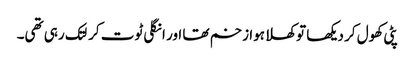
پٹی کھول کر دیکھا تو کھلا ہوا زخم تھا اور انگلی ٹوت کر لتک رہی تھی۔